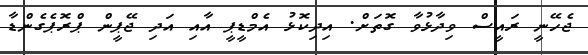
ޖެހޭނީ ރައީސް ވިދާޅުވާ ގޮތަށް. އިދިކޮޅު އެމްޑީޕީ އާއި އަދި ޖޭޕީން ޕްރޮޕެގެންޑާ